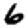
Digit: 6